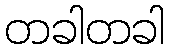
တခါတခါ